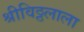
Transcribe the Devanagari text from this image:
श्रीविठ्ठलाला